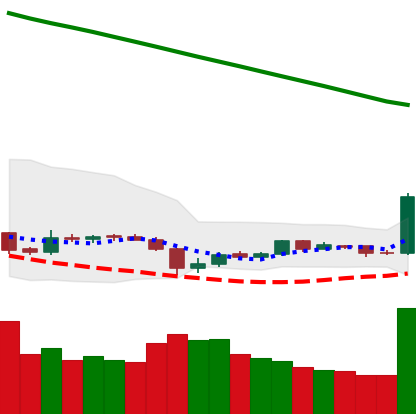
Ticker: EOS-USD
Chart end date: 2019-02-08
Forward return: 5.726%
Label: up_5_7